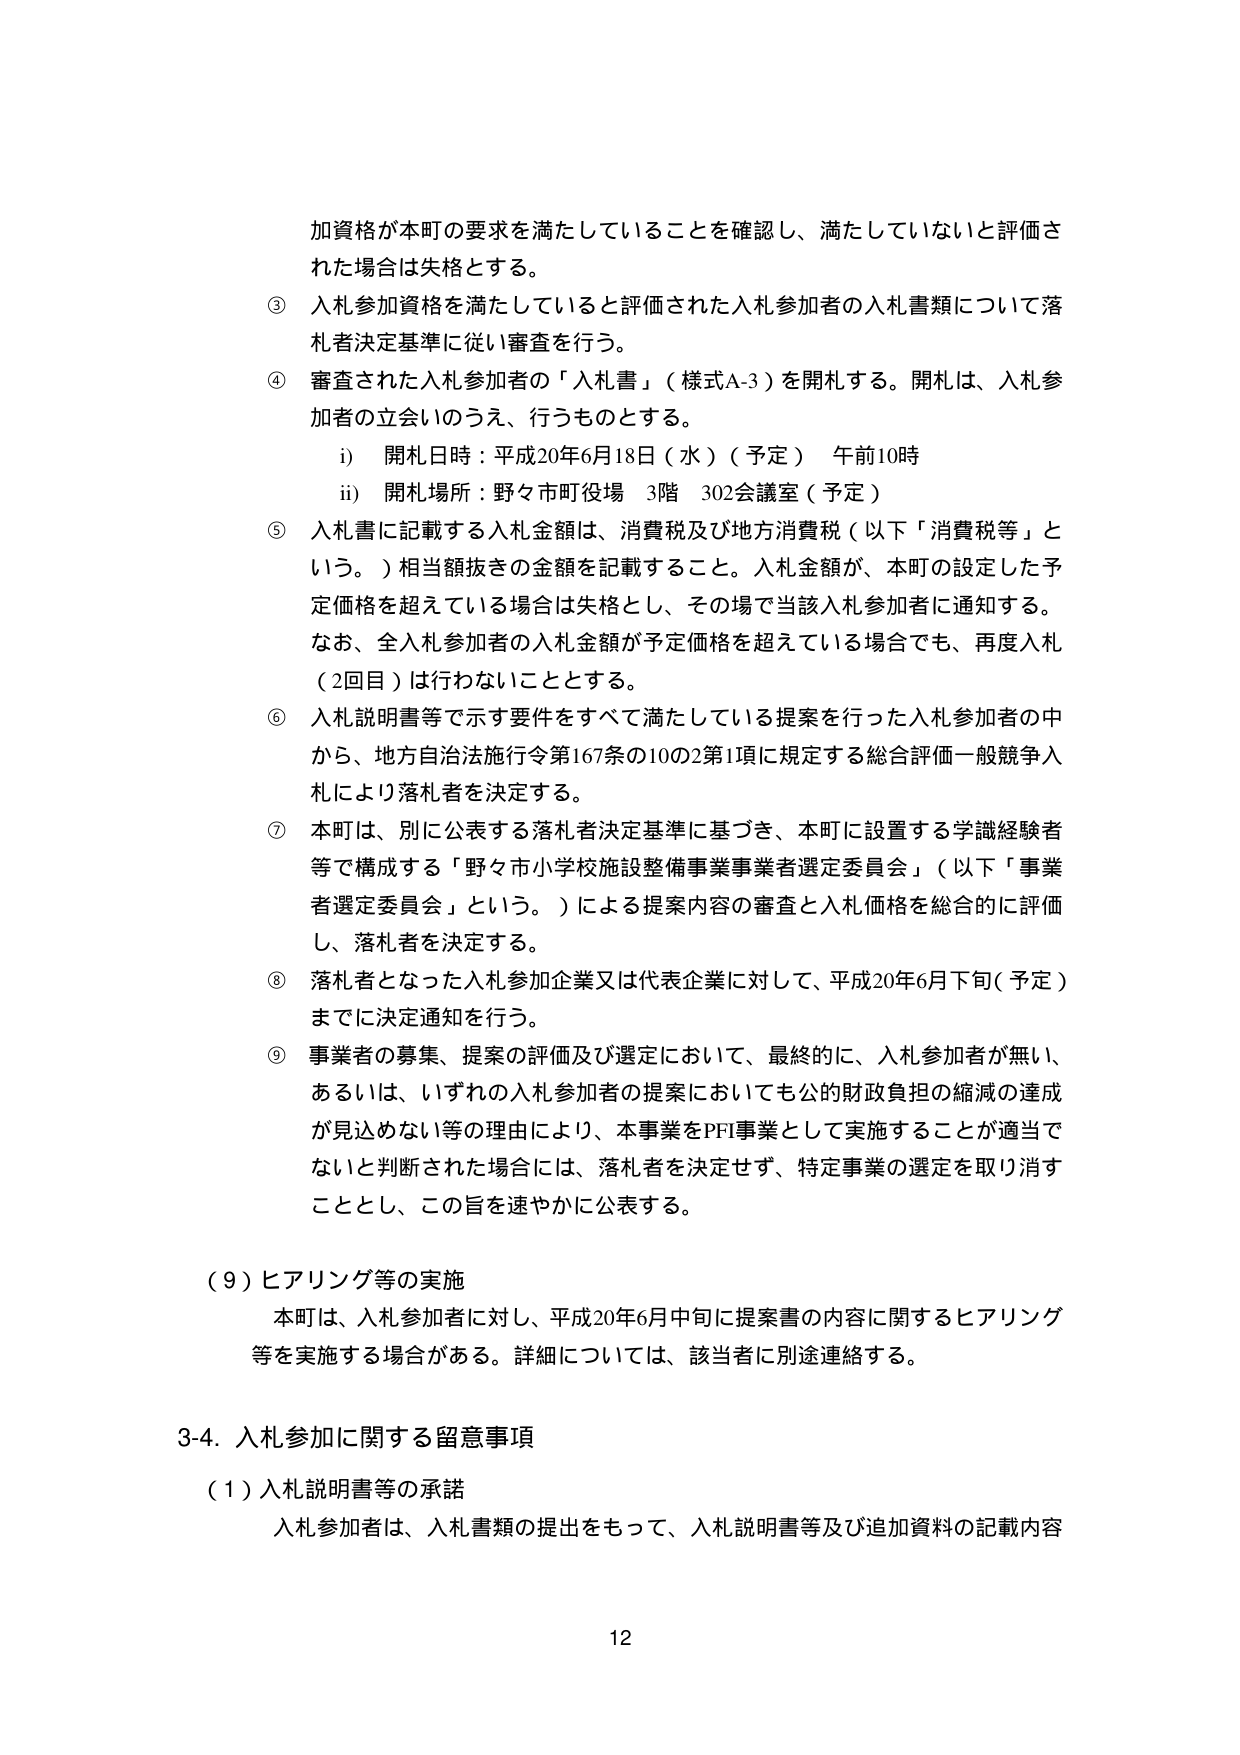
加資格が本町の要求を満たしていることを確認し、満たしていないと評価された場合は失格とする。

③ 入札参加資格を満たしていると評価された入札参加者の入札書類について落札者決定基準に従い審査を行う。

④ 審査された入札参加者の「入札書」（様式A-3）を開札する。開札は、入札参加者の立会いのうえ、行うものとする。
　　i) 開札日時：平成20年6月18日（水）（予定） 午前10時
　　ii) 開札場所：野々市町役場 3階 302会議室（予定）

⑤ 入札書に記載する入札金額は、消費税及び地方消費税（以下「消費税等」という。）相当額抜きの金額を記載すること。入札金額が、本町の設定した予定価格を超えている場合は失格とし、その場で当該入札参加者に通知する。なお、全入札参加者の入札金額が予定価格を超えている場合でも、再度入札（2回目）は行わないこととする。

⑥ 入札説明書等で示す要件をすべて満たしている提案を行った入札参加者の中から、地方自治法施行令第167条の10の2第1項に規定する総合評価一般競争入札により落札者を決定する。

⑦ 本町は、別に公表する落札者決定基準に基づき、本町に設置する学識経験者等で構成する「野々市小学校施設整備事業事業者選定委員会」（以下「事業者選定委員会」という。）による提案内容の審査と入札価格を総合的に評価し、落札者を決定する。

⑧ 落札者となった入札参加企業又は代表企業に対して、平成20年6月下旬（予定）までに決定通知を行う。

⑨ 事業者の募集、提案の評価及び選定において、最終的に、入札参加者が無い、あるいは、いずれの入札参加者の提案においても公的財政負担の縮減の達成が見込めない等の理由により、本事業をPFI事業として実施することが適当でないと判断された場合には、落札者を決定せず、特定事業の選定を取り消すこととし、この旨を速やかに公表する。

（９）ヒアリング等の実施
　　本町は、入札参加者に対し、平成20年6月中旬に提案書の内容に関するヒアリング等を実施する場合がある。詳細については、該当者に別途連絡する。

3-4. 入札参加に関する留意事項
　　（1）入札説明書等の承諾
　　　入札参加者は、入札書類の提出をもって、入札説明書等及び追加資料の記載内容

12